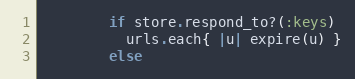
Language: Ruby
        if store.respond_to?(:keys)
          urls.each{ |u| expire(u) }
        else